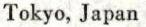
Tokyo, Japan